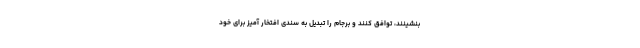
بنشینند، توافق کنند و برجام را تبدیل به سندی افتخار آمیز برای خود